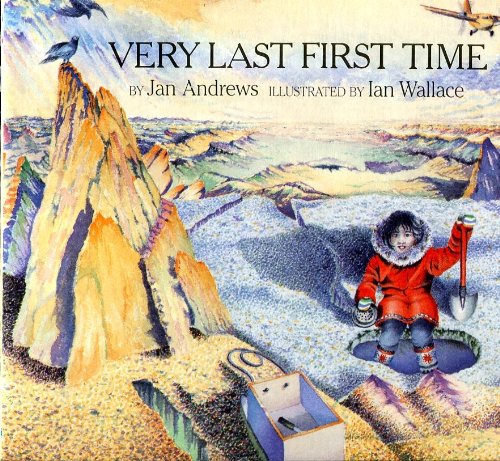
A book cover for Very Last First Time; Jan Andrews; Literature & Fiction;